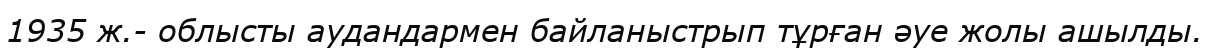
1935 ж.- облысты аудандармен байланыстрып тұрған әуе жолы ашылды.